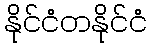
နိုင်ငံတနိုင်ငံ